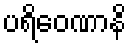
ပရိဝေဏာနိ